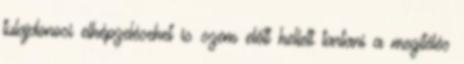
tulajdonosi elképzeléseket is szem előtt kellett tartani a megítélés